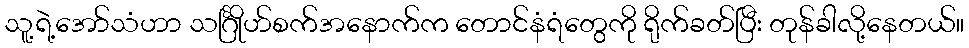
သူ့ရဲ့အော်သံဟာ သင်္ဂြိုဟ်စက်အနောက်က တောင်နံရံတွေကို ရိုက်ခတ်ပြီး တုန်ခါလို့နေတယ်။